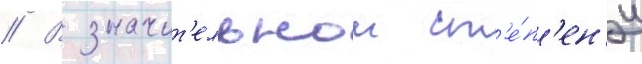
// В значит'ельнои ст'е́п'ен'и